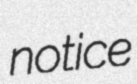
notice